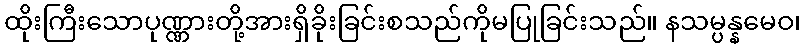
ထိုးကြီးသောပုဏ္ဏားတို့အားရှိခိုးခြင်းစသည်ကိုမပြုခြင်းသည်။ နသမ္ပန္နမေဝ၊